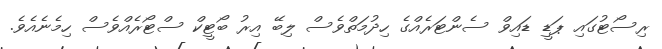
ރިސޯޓުގައި ޕަޑީ ޑައިވް ސެންޓަރެއްގެ ހިދުމަތްވެސް ލިބޭ އިރު ބޯޓީކް ސްޓޯރެއްވެސް ހިމެނެއެވެ.